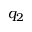
q _ { 2 }